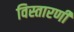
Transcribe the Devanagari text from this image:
विस्तारणी